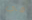
في